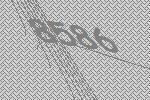
8586